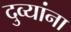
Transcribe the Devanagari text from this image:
दुव्यांना